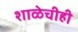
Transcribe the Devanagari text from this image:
शाळेचीही